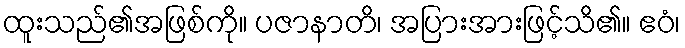
ထူးသည်၏အဖြစ်ကို။ ပဇာနာတိ၊ အပြားအားဖြင့်သိ၏။ ဧဝံ၊